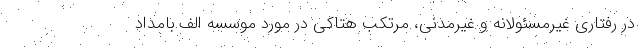
در رفتاری غیرمسئولانه و غیرمدنی، مرتکب هتاکی در مورد موسسه الف.بامداد